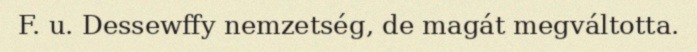
F. u. Dessewffy nemzetség, de magát megváltotta.